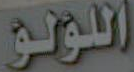
اللؤلؤ